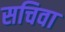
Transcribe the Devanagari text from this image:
सचिवा